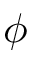
\boldsymbol { \phi }